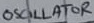
Text: OSCILLATOR